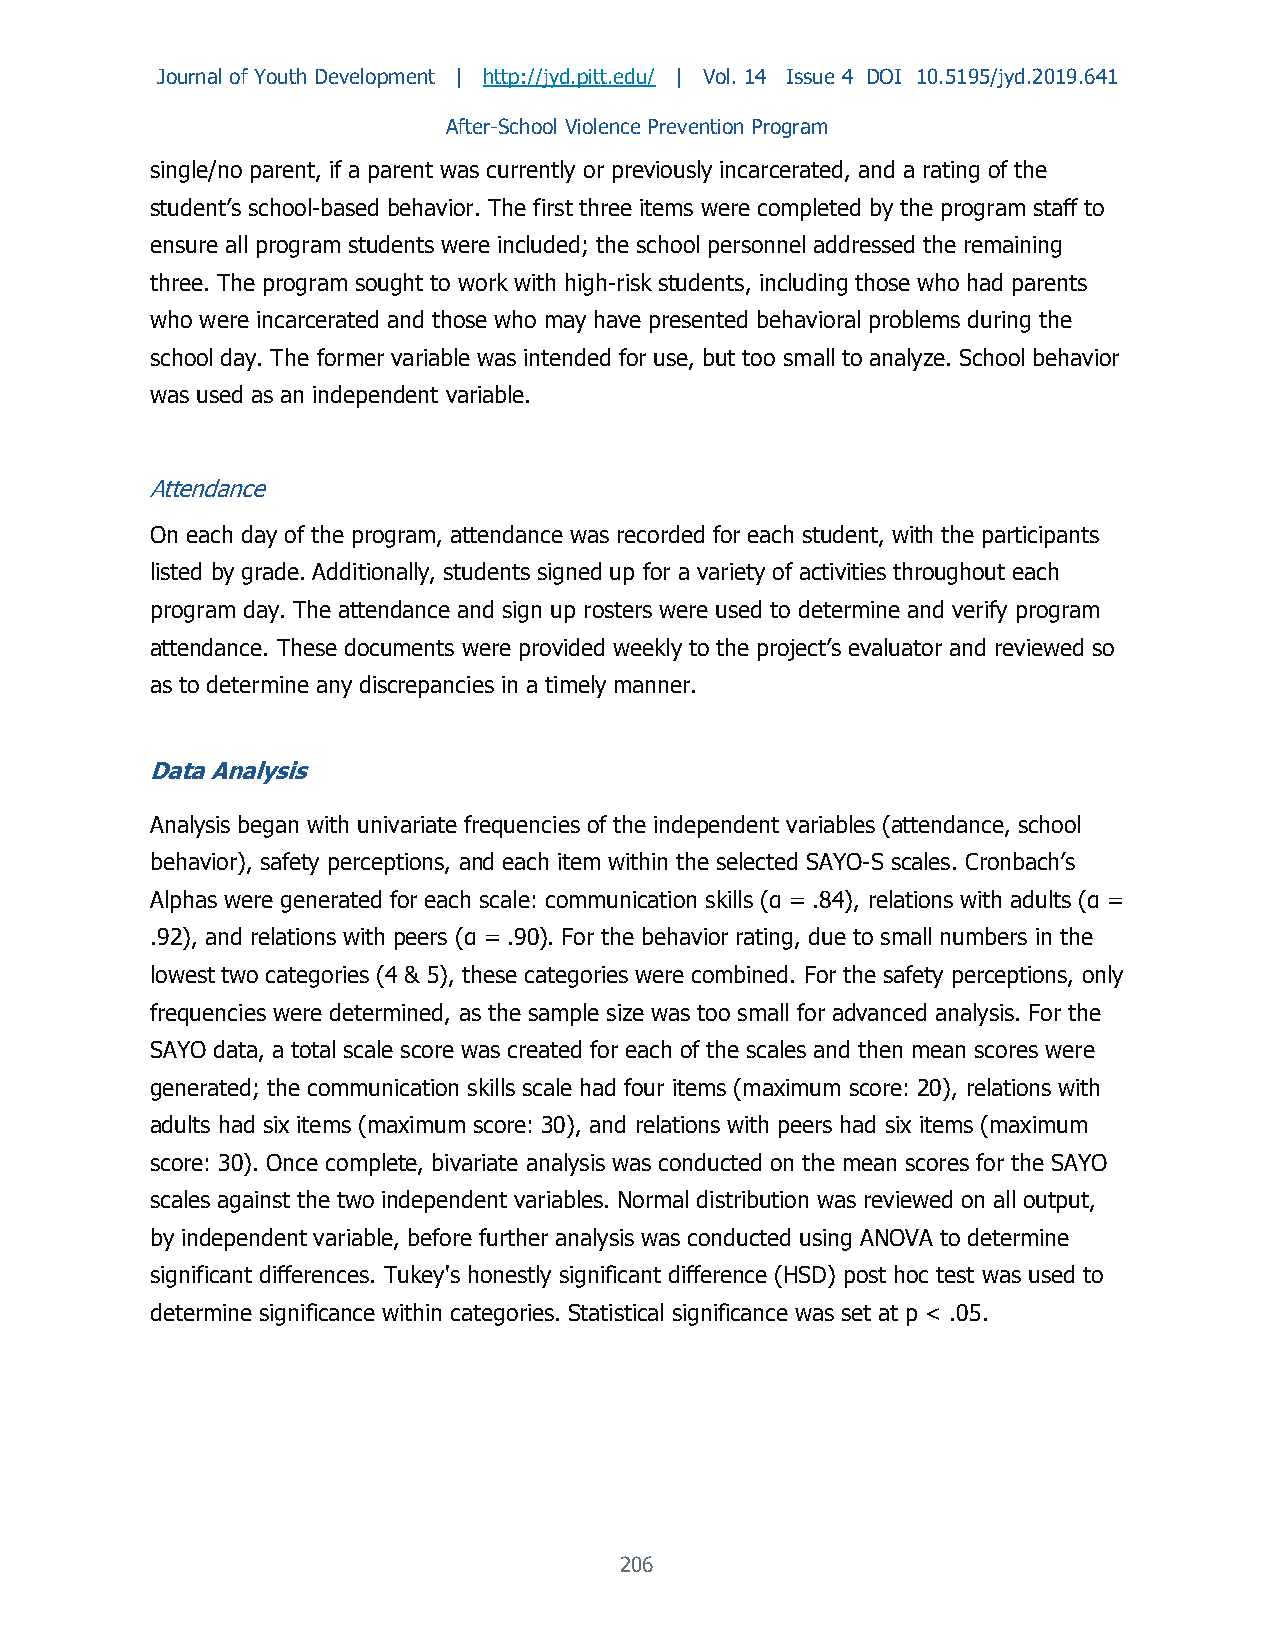
Journal of Youth Development | http://jyd.pitt.edu/ | Vol. 14 Issue 4 DOI 10.5195/jyd.2019.641
 After-School Violence Prevention Program
 single/no parent, if a parent was currently or previously incarcerated, and a rating of the
 student’s school-based behavior. The first three items were completed by the program staff to
 ensure all program students were included; the school personnel addressed the remaining
 three. The program sought to work with high-risk students, including those who had parents
 who were incarcerated and those who may have presented behavioral problems during the
 school day. The former variable was intended for use, but too small to analyze. School behavior
 was used as an independent variable.
 Attendance
 On each day of the program, attendance was recorded for each student, with the participants
 listed by grade. Additionally, students signed up for a variety of activities throughout each
 program day. The attendance and sign up rosters were used to determine and verify program
 attendance. These documents were provided weekly to the project’s evaluator and reviewed so
 as to determine any discrepancies in a timely manner.
 Data Analysis
 Analysis began with univariate frequencies of the independent variables (attendance, school
 behavior), safety perceptions, and each item within the selected SAYO-S scales. Cronbach’s
 Alphas were generated for each scale: communication skills (α = .84), relations with adults (α =
 .92), and relations with peers (α = .90). For the behavior rating, due to small numbers in the
 lowest two categories (4 & 5), these categories were combined. For the safety perceptions, only
 frequencies were determined, as the sample size was too small for advanced analysis. For the
 SAYO data, a total scale score was created for each of the scales and then mean scores were
 generated; the communication skills scale had four items (maximum score: 20), relations with
 adults had six items (maximum score: 30), and relations with peers had six items (maximum
 score: 30). Once complete, bivariate analysis was conducted on the mean scores for the SAYO
 scales against the two independent variables. Normal distribution was reviewed on all output,
 by independent variable, before further analysis was conducted using ANOVA to determine
 significant differences. Tukey's honestly significant difference (HSD) post hoc test was used to
 determine significance within categories. Statistical significance was set at p < .05.
 206